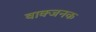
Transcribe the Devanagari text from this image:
वाक्जनक